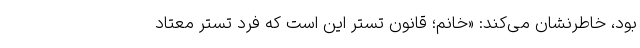
بود، خاطرنشان می‌کند: «خانم؛ قانون تستر این است که فرد تستر معتاد